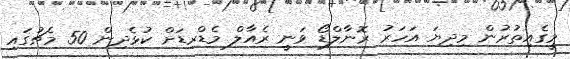
މީގެއިތުރުން މިދިޔަ އަހަރު ރޮނާލްޑޯ ވަނީ ރެއާލް މެޑްރިޑަށް ކުޅެދިން 50 މެޗުގައި